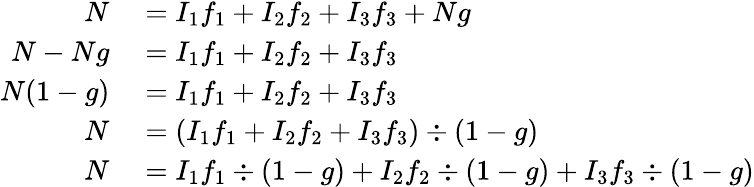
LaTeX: \begin{array}{rl}{N}&{{}=I_{\mathrm{1}}f_{\mathrm{1}}+I_{\mathrm{2}}f_{\mathrm{2}}+I_{\mathrm{3}}f_{\mathrm{3}}+Ng}\\ {N-Ng}&{{}=I_{\mathrm{1}}f_{\mathrm{1}}+I_{\mathrm{2}}f_{\mathrm{2}}+I_{\mathrm{3}}f_{\mathrm{3}}}\\ {N(1-g)}&{{}=I_{\mathrm{1}}f_{\mathrm{1}}+I_{\mathrm{2}}f_{\mathrm{2}}+I_{\mathrm{3}}f_{\mathrm{3}}}\\ {N}&{{}=(I_{\mathrm{1}}f_{\mathrm{1}}+I_{\mathrm{2}}f_{\mathrm{2}}+I_{\mathrm{3}}f_{\mathrm{3}})\div(1-g)}\\ {N}&{{}=I_{\mathrm{1}}f_{\mathrm{1}}\div(1-g)+I_{\mathrm{2}}f_{\mathrm{2}}\div(1-g)+I_{\mathrm{3}}f_{\mathrm{3}}\div(1-g)}\end{array}